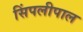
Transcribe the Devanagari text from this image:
सिंपलीपाल